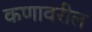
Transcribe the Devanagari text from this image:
कणावरील